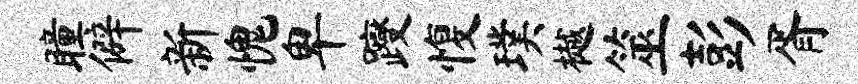
瞳僻新愧卑躞愎璞樾筮彭胥